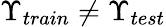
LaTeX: \Upsilon_{train}\neq\Upsilon_{test}